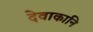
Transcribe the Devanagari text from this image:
देवाकानि